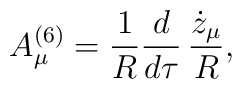
A^{(6)}_{\mu}={1 \over R} {d \over d\tau}\, {\dot{z}_{\mu} \over R},